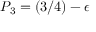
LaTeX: P _ { 3 } = ( 3 / 4 ) - \epsilon